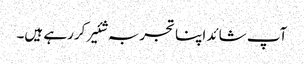
آپ شائد اپنا تجربہ شئیر کررہے ہیں۔